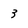
Character: 3